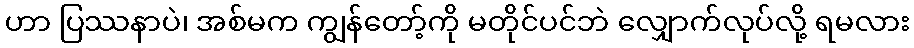
ဟာ ပြဿနာပဲ၊ အစ်မက ကျွန်တော့်ကို မတိုင်ပင်ဘဲ လျှောက်လုပ်လို့ ရမလား